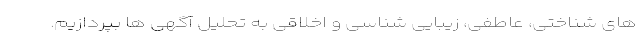
های شناختی، عاطفی، زیبایی شناسی و اخلاقی به تحلیل آگهی ها بپردازیم.